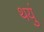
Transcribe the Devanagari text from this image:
थयुं